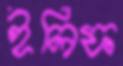
ইলিফ